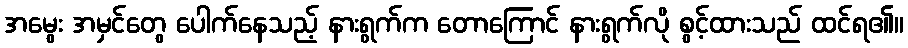
အမွေး အမှင်တွေ ပေါက်နေသည့် နားရွက်က တောကြောင် နားရွက်လို စွင့်ထားသည် ထင်ရ၏။